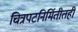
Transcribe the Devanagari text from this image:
चित्रपटनिर्मितीतही